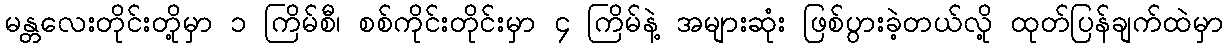
မန္တလေးတိုင်းတို့မှာ ၁ ကြိမ်စီ၊ စစ်ကိုင်းတိုင်းမှာ ၄ ကြိမ်နဲ့ အများဆုံး ဖြစ်ပွားခဲ့တယ်လို့ ထုတ်ပြန်ချက်ထဲမှာ